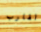
القارب